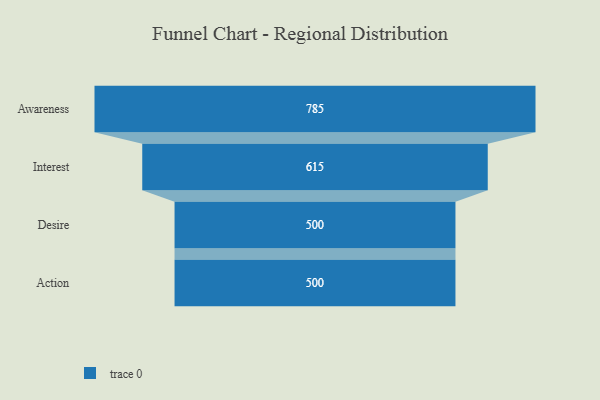
{"axis": {"x": "Stage", "y": "Value"}, "legend": [""], "data": [{"x": "Awareness", "y": 785.0, "type": ""}, {"x": "Interest", "y": 615.0, "type": ""}, {"x": "Desire", "y": 500, "type": ""}, {"x": "Action", "y": 500, "type": ""}]}